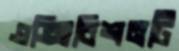
এক্সিবিশনটি